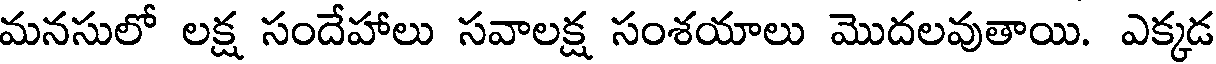
మనసులో లక్ష సందేహాలు సవాలక్ష సంశయాలు మొదలవుతాయి. ఎక్కడ